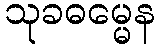
သုခဓမ္မေန